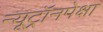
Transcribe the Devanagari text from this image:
न्यूट्रॉनपेक्षा